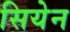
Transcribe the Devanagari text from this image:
सियेन